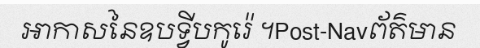
អាកាសនៃឧបទ្វីបកូរ៉េ ។Post-Navព័ត៌មាន